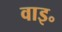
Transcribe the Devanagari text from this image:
वाइ॰